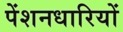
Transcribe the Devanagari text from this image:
पेंशनधारियों